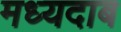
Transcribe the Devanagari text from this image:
मध्यदाब